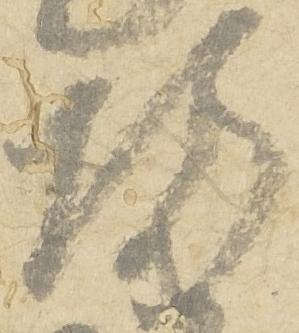
坊